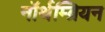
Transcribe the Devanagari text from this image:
नॉर्थम्ब्रियन